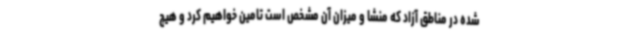
شده در مناطق آزاد که منشا و میزان آن مشخص است تامین خواهیم کرد و هیچ